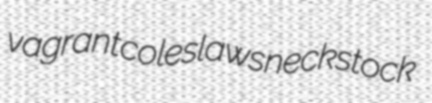
vagrant coleslaws neckstock